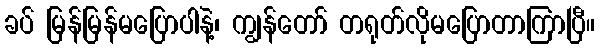
ခပ် မြန်မြန်မပြောပါနဲ့၊ ကျွန်တော် တရုတ်လိုမပြောတာကြာပြီ။